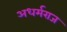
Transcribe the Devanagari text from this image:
अधर्मराज